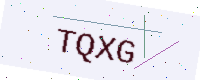
Text: TQXG